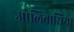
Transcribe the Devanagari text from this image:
ओलिवासिया